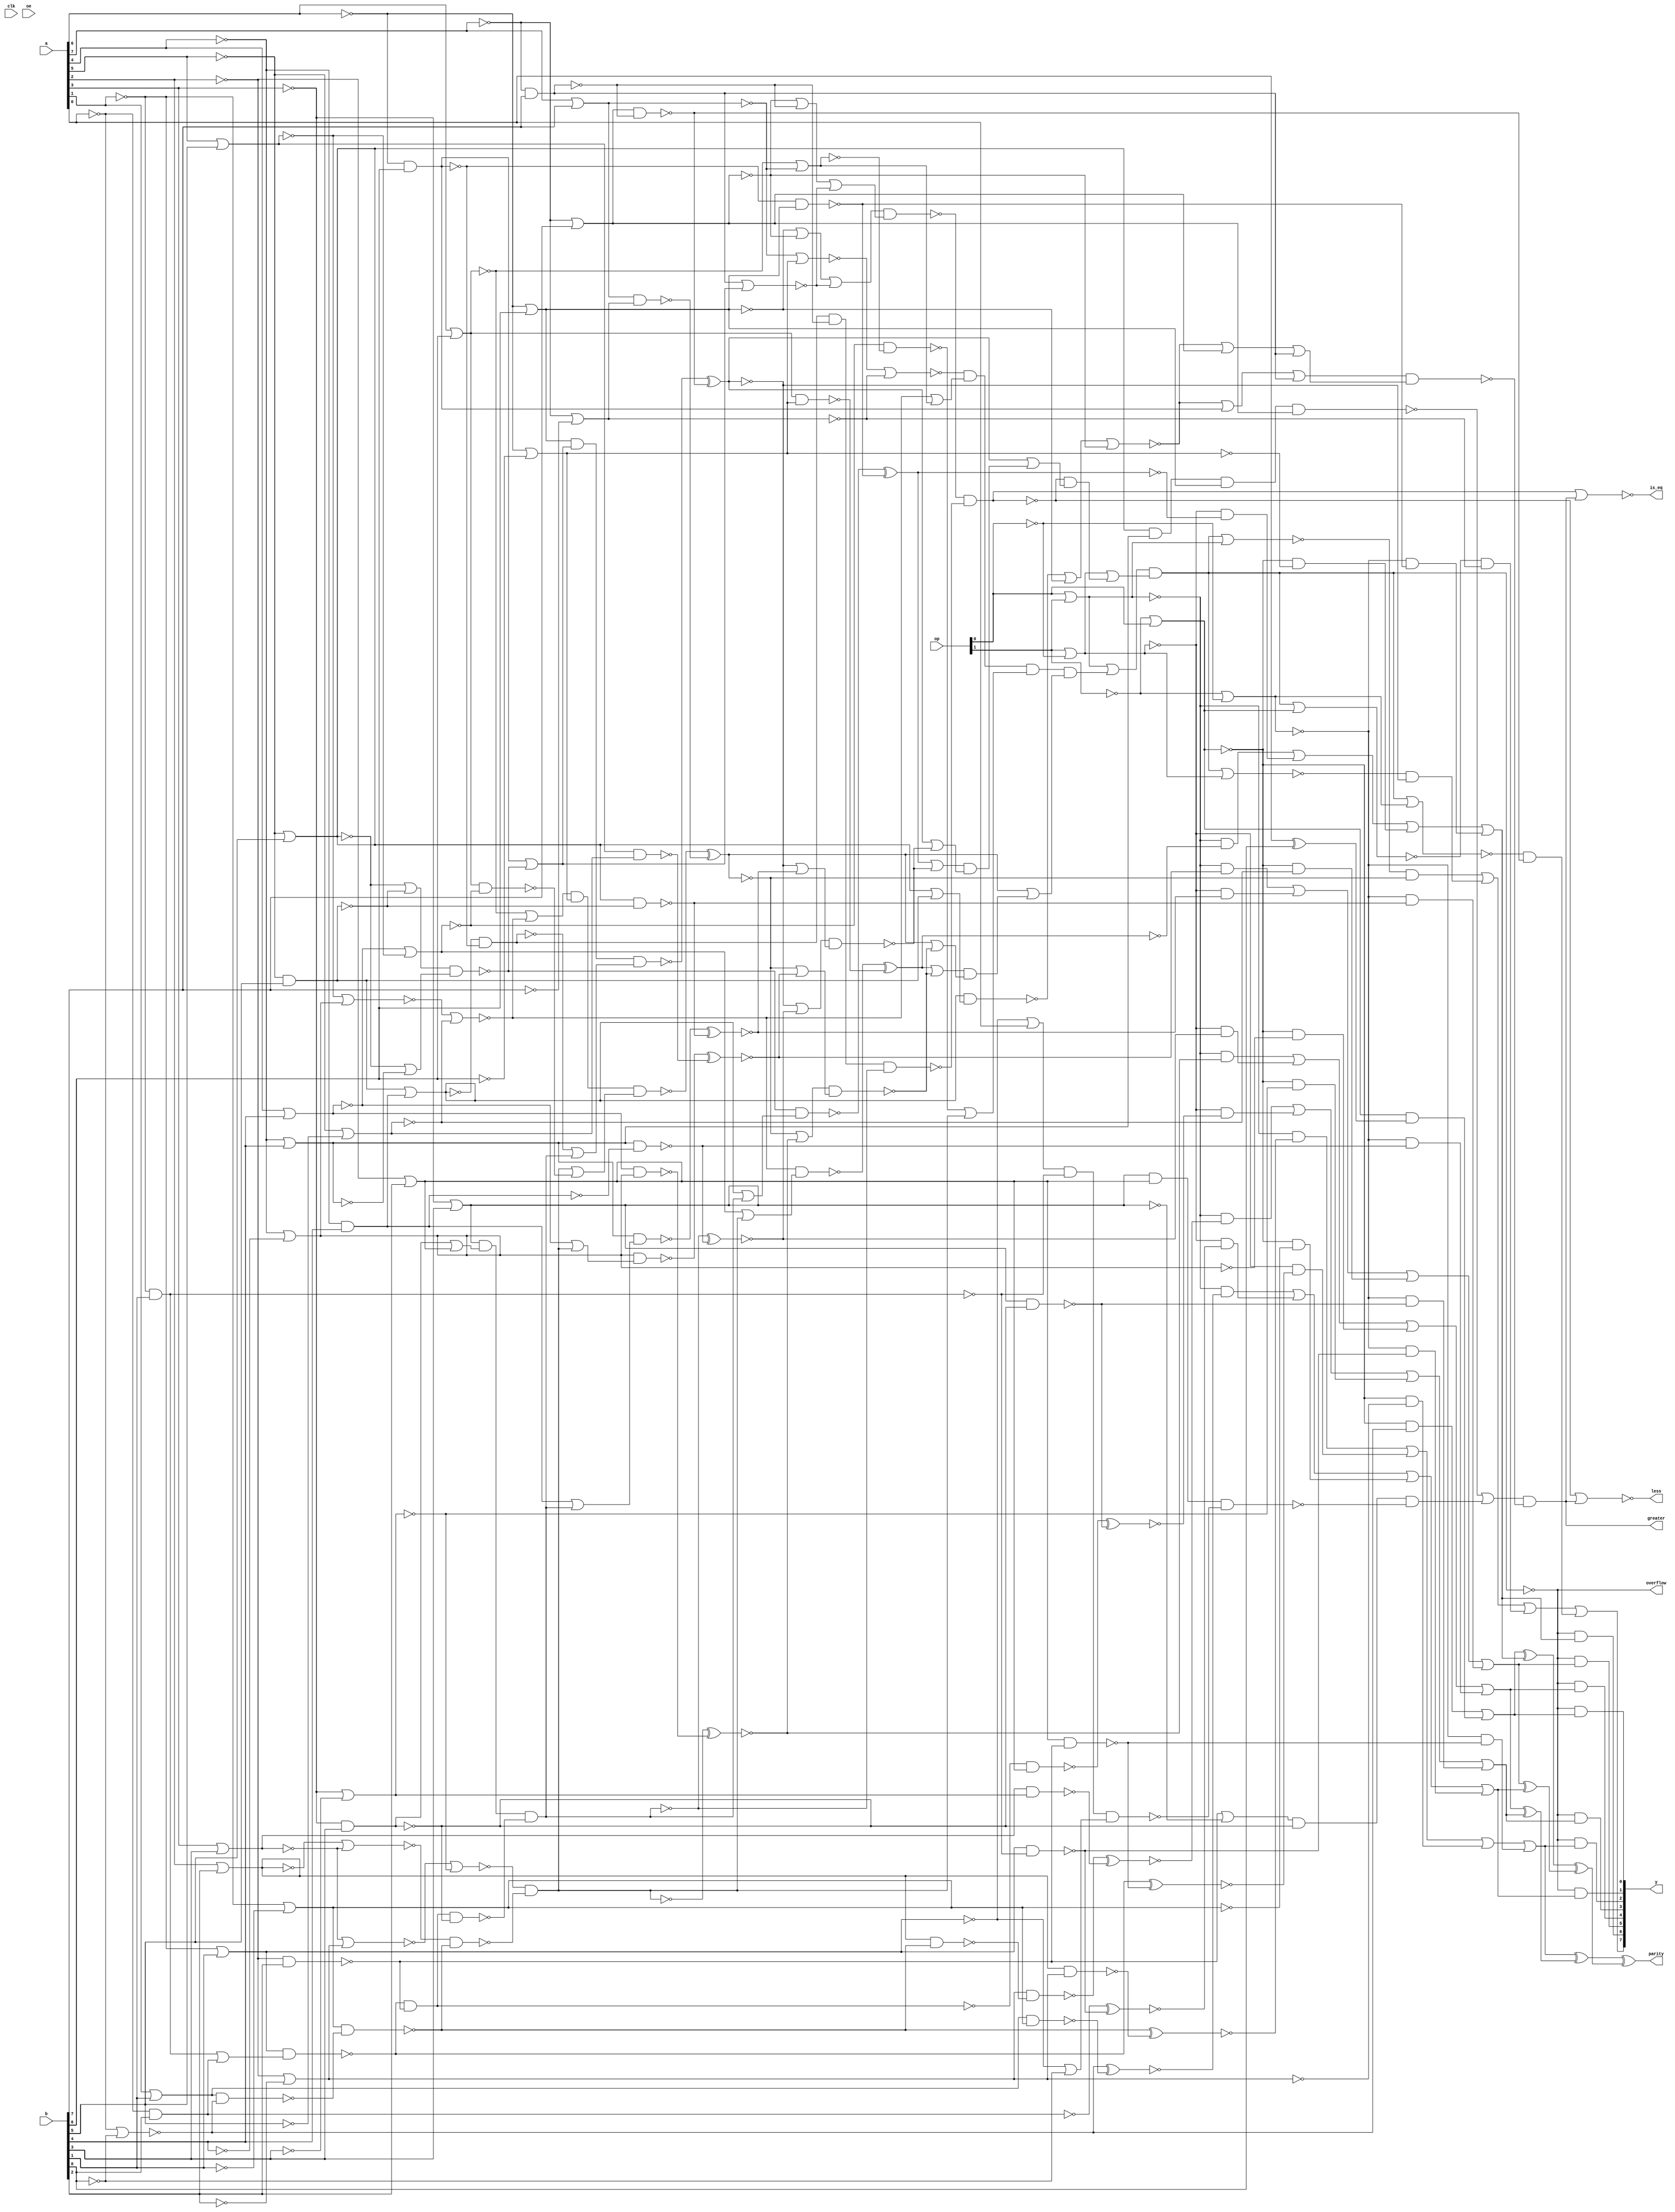
//
// Conformal-LEC: Version 11.10-d208 (10-Mar-2012) (64 bit executable)
//
module top(clk, a, b, op, oe, y, parity, overflow, greater, is_eq, less);
input  clk, oe;
output parity, overflow, greater, is_eq, less;
input   [7:0] a;
input   [7:0] b;
input   [1:0] op;
output  [7:0] y;
wire  \mux_44_12_g125/w_0 , \mux_44_12_g125/w_1 , \mux_44_12_g125/w_2 , 
    \mux_44_12_g125/w_3 , \mux_44_12_g125/w_4 , \mux_temp_y_21_12_g841/w_0 , 
    \mux_temp_y_21_12_g841/w_1 , \mux_temp_y_21_12_g14/w_0 , 
    \mux_temp_y_21_12_g14/w_1 , \mux_temp_y_21_12_g14/w_2 , 
    \mux_temp_y_21_12_g14/w_3 , \mux_temp_y_21_12_g13/w_0 , 
    \mux_temp_y_21_12_g13/w_1 , \mux_temp_y_21_12_g13/w_2 , 
    \mux_temp_y_21_12_g13/w_3 , \mux_temp_y_21_12_g11/w_0 , 
    \mux_temp_y_21_12_g11/w_1 , \mux_temp_y_21_12_g11/w_2 , 
    \mux_temp_y_21_12_g11/w_3 , \mux_temp_y_21_12_g10/w_0 , 
    \mux_temp_y_21_12_g10/w_1 , \mux_temp_y_21_12_g10/w_2 , 
    \mux_temp_y_21_12_g10/w_3 , \mux_temp_y_21_12_g111/w_0 , 
    \mux_temp_y_21_12_g111/w_1 , \mux_temp_y_21_12_g111/w_2 , 
    \mux_temp_y_21_12_g111/w_3 , \mux_temp_y_21_12_g1/w_0 , 
    \mux_temp_y_21_12_g1/w_1 , \mux_temp_y_21_12_g1/w_2 , 
    \mux_temp_y_21_12_g1/w_3 , sub_29_29_n_1246, sub_29_29_n_1244, 
    sub_29_29_n_336, sub_29_29_n_82, sub_29_29_n_79, sub_29_29_n_78, 
    sub_29_29_n_71, sub_29_29_n_68, sub_29_29_n_64, sub_29_29_n_41, n_1266, 
    n_1261, n_1248, n_1247, n_1245, n_1243, n_1242, n_1240, n_1239, n_1238, 
    n_1237, n_1231, n_1230, n_1229, n_1228, n_1109, n_1108, n_1107, n_1106, 
    n_1105, n_1104, n_1103, n_1102, n_1101, n_1100, n_1099, n_1098, n_1097, 
    n_1096, n_1095, n_1094, n_1093, n_1092, n_1091, n_1090, n_1089, n_1088, 
    n_1087, n_1086, n_1085, n_1084, n_1083, n_1082, n_1081, n_1080, n_1079, 
    n_1078, n_1077, n_1076, n_1075, n_1074, n_1073, n_1072, n_1071, n_1070, 
    n_1069, n_1068, n_1067, n_1066, n_1065, n_1064, n_1063, n_1062, n_1061, 
    n_1060, n_1059, n_1058, n_1057, n_1056, n_1055, n_1054, n_1053, n_1052, 
    n_1051, n_1050, n_1049, n_1048, n_1047, n_1046, n_1045, n_1044, n_1043, 
    n_1042, n_1041, n_1040, n_1039, n_1038, n_1037, n_1036, n_1035, n_1034, 
    n_1033, n_1032, n_1031, n_1030, n_1029, n_1028, n_1027, n_1026, n_1025, 
    n_1024, n_1023, n_1022, n_1021, n_1020, n_1019, n_1018, n_1017, n_1015, 
    n_1014, n_1013, n_1012, n_1011, n_1010, n_1009, n_1008, n_1007, n_1006, 
    n_1005, n_1004, n_1003, n_1002, n_1001, n_1000, n_999, n_998, n_996, n_995, 
    n_993, n_991, n_990, n_988, n_987, n_986, n_985, n_984, n_983, n_982, 
    n_981, n_980, n_979, n_978, n_977, n_976, n_975, n_974, n_972, n_971, 
    n_970, n_969, n_968, n_967, n_966, n_965, n_964, n_963, n_962, n_961, 
    n_960, n_959, n_958, n_957, n_956, n_955, n_954, n_953, n_952, n_951, 
    n_950, n_949, n_948, n_947, n_946, n_921, n_905, n_881, n_846, n_655, 
    n_652, n_651, n_650, n_649, n_648, n_647, n_481, n_480, n_479, n_461, 
    n_460, n_459, n_454, n_453, n_451, n_439, n_438, n_436, n_419, n_417, 
    n_322, n_315, n_314, n_313, n_312, n_149, n_136, n_135, n_133, n_132, 
    n_131, n_130, n_129, n_80, n_79, n_78, n_77, n_76, n_43, n_42, n_41, n_39, 
    n_38, n_37, n_35, n_34, n_33, n_31, n_30, n_29, n_26, n_25, n_23, n_22, 
    n_21, n_19, n_18, n_17, n_16, gt_39_12_n_57, gt_39_12_n_52, gt_39_12_n_46, 
    add_24_29_n_1232, add_24_29_n_77, add_24_29_n_69, add_24_29_n_66, 
    add_24_29_n_64, add_24_29_n_62, add_24_29_n_60, add_24_29_n_59, 
    add_24_29_n_58, add_24_29_n_57, add_24_29_n_56, add_24_29_n_52, 
    add_24_29_n_48, add_24_29_n_46, add_24_29_n_42, add_24_29_n_40, 
    add_24_29_n_36, add_24_29_n_30, less, is_eq, greater, overflow, parity, oe, 
    clk;
wire  \mux_44_12_g125/data0 ;
wire   [7:0] y;
wire   [1:0] op;
wire   [7:0] b;
wire   [7:0] a;
  assign \mux_44_12_g125/data0  = 1'b0;
  or \mux_44_12_g125/org (y[7], \mux_44_12_g125/w_0 , \mux_44_12_g125/w_1 , 
    \mux_44_12_g125/w_2 , \mux_44_12_g125/w_3 , \mux_44_12_g125/w_4 );
  and \mux_44_12_g125/a_4 (\mux_44_12_g125/w_4 , n_1109, n_655);
  and \mux_44_12_g125/a_3 (\mux_44_12_g125/w_3 , n_1108, n_43);
  and \mux_44_12_g125/a_2 (\mux_44_12_g125/w_2 , n_1107, n_42);
  and \mux_44_12_g125/a_1 (\mux_44_12_g125/w_1 , n_1106, n_41);
  and \mux_44_12_g125/a_0 (\mux_44_12_g125/w_0 , n_149, \mux_44_12_g125/data0 );
  or \mux_temp_y_21_12_g841/org (n_129, \mux_temp_y_21_12_g841/w_0 , 
    \mux_temp_y_21_12_g841/w_1 );
  and \mux_temp_y_21_12_g841/a_1 (\mux_temp_y_21_12_g841/w_1 , n_846, n_16);
  and \mux_temp_y_21_12_g841/a_0 (\mux_temp_y_21_12_g841/w_0 , n_1261, n_1231);
  or \mux_temp_y_21_12_g14/org (n_136, \mux_temp_y_21_12_g14/w_0 , 
    \mux_temp_y_21_12_g14/w_1 , \mux_temp_y_21_12_g14/w_2 , 
    \mux_temp_y_21_12_g14/w_3 );
  and \mux_temp_y_21_12_g14/a_3 (\mux_temp_y_21_12_g14/w_3 , n_1266, n_648);
  and \mux_temp_y_21_12_g14/a_2 (\mux_temp_y_21_12_g14/w_2 , n_1261, n_35);
  and \mux_temp_y_21_12_g14/a_1 (\mux_temp_y_21_12_g14/w_1 , n_1237, n_34);
  and \mux_temp_y_21_12_g14/a_0 (\mux_temp_y_21_12_g14/w_0 , n_1228, n_33);
  or \mux_temp_y_21_12_g13/org (n_135, \mux_temp_y_21_12_g13/w_0 , 
    \mux_temp_y_21_12_g13/w_1 , \mux_temp_y_21_12_g13/w_2 , 
    \mux_temp_y_21_12_g13/w_3 );
  and \mux_temp_y_21_12_g13/a_3 (\mux_temp_y_21_12_g13/w_3 , n_1266, n_647);
  and \mux_temp_y_21_12_g13/a_2 (\mux_temp_y_21_12_g13/w_2 , n_1261, n_39);
  and \mux_temp_y_21_12_g13/a_1 (\mux_temp_y_21_12_g13/w_1 , n_1237, n_38);
  and \mux_temp_y_21_12_g13/a_0 (\mux_temp_y_21_12_g13/w_0 , n_1228, n_37);
  or \mux_temp_y_21_12_g11/org (n_133, \mux_temp_y_21_12_g11/w_0 , 
    \mux_temp_y_21_12_g11/w_1 , \mux_temp_y_21_12_g11/w_2 , 
    \mux_temp_y_21_12_g11/w_3 );
  and \mux_temp_y_21_12_g11/a_3 (\mux_temp_y_21_12_g11/w_3 , n_1266, n_652);
  and \mux_temp_y_21_12_g11/a_2 (\mux_temp_y_21_12_g11/w_2 , n_1261, n_1230);
  and \mux_temp_y_21_12_g11/a_1 (\mux_temp_y_21_12_g11/w_1 , n_1237, n_26);
  and \mux_temp_y_21_12_g11/a_0 (\mux_temp_y_21_12_g11/w_0 , n_1228, n_25);
  or \mux_temp_y_21_12_g10/org (n_132, \mux_temp_y_21_12_g10/w_0 , 
    \mux_temp_y_21_12_g10/w_1 , \mux_temp_y_21_12_g10/w_2 , 
    \mux_temp_y_21_12_g10/w_3 );
  and \mux_temp_y_21_12_g10/a_3 (\mux_temp_y_21_12_g10/w_3 , n_1266, n_651);
  and \mux_temp_y_21_12_g10/a_2 (\mux_temp_y_21_12_g10/w_2 , n_1261, n_31);
  and \mux_temp_y_21_12_g10/a_1 (\mux_temp_y_21_12_g10/w_1 , n_1237, n_30);
  and \mux_temp_y_21_12_g10/a_0 (\mux_temp_y_21_12_g10/w_0 , n_1228, n_29);
  or \mux_temp_y_21_12_g111/org (n_131, \mux_temp_y_21_12_g111/w_0 , 
    \mux_temp_y_21_12_g111/w_1 , \mux_temp_y_21_12_g111/w_2 , 
    \mux_temp_y_21_12_g111/w_3 );
  and \mux_temp_y_21_12_g111/a_3 (\mux_temp_y_21_12_g111/w_3 , n_1266, n_650);
  and \mux_temp_y_21_12_g111/a_2 (\mux_temp_y_21_12_g111/w_2 , n_1261, n_23);
  and \mux_temp_y_21_12_g111/a_1 (\mux_temp_y_21_12_g111/w_1 , n_1237, n_22);
  and \mux_temp_y_21_12_g111/a_0 (\mux_temp_y_21_12_g111/w_0 , n_1228, n_21);
  or \mux_temp_y_21_12_g1/org (n_130, \mux_temp_y_21_12_g1/w_0 , 
    \mux_temp_y_21_12_g1/w_1 , \mux_temp_y_21_12_g1/w_2 , 
    \mux_temp_y_21_12_g1/w_3 );
  and \mux_temp_y_21_12_g1/a_3 (\mux_temp_y_21_12_g1/w_3 , n_1266, n_649);
  and \mux_temp_y_21_12_g1/a_2 (\mux_temp_y_21_12_g1/w_2 , n_1261, n_19);
  and \mux_temp_y_21_12_g1/a_1 (\mux_temp_y_21_12_g1/w_1 , n_1237, n_18);
  and \mux_temp_y_21_12_g1/a_0 (\mux_temp_y_21_12_g1/w_0 , n_1228, n_17);
  nor add_24_29_g10(add_24_29_n_36, a[3], b[3]);
  nor add_24_29_g12(add_24_29_n_46, a[4], b[4]);
  nor add_24_29_g14(add_24_29_n_42, a[5], b[5]);
  nor add_24_29_g16(add_24_29_n_52, a[6], b[6]);
  nor add_24_29_g18(add_24_29_n_48, a[7], b[7]);
  nor add_24_29_g25(add_24_29_n_57, n_974, n_1230);
  nor add_24_29_g26(add_24_29_n_56, add_24_29_n_40, add_24_29_n_36);
  nor add_24_29_g29(add_24_29_n_59, n_978, n_35);
  nor add_24_29_g30(add_24_29_n_62, add_24_29_n_46, add_24_29_n_42);
  nor add_24_29_g33(add_24_29_n_66, n_982, n_43);
  nor add_24_29_g34(add_24_29_n_64, add_24_29_n_52, add_24_29_n_48);
  nand add_24_29_g38(add_24_29_n_58, add_24_29_n_56, add_24_29_n_1232);
  nand add_24_29_g39(add_24_29_n_69, add_24_29_n_57, add_24_29_n_58);
  nor add_24_29_g40(add_24_29_n_60, add_24_29_n_52, add_24_29_n_59);
  nand add_24_29_g49(add_24_29_n_77, add_24_29_n_62, add_24_29_n_64);
  nor add_24_29_g6(add_24_29_n_30, a[1], b[1]);
  xnor add_24_29_g62(n_17, n_1231, n_1078);
  xnor add_24_29_g64(n_21, add_24_29_n_1232, n_1079);
  xnor add_24_29_g67(n_25, n_1086, n_1083);
  xnor add_24_29_g69(n_29, add_24_29_n_69, n_1082);
  xnor add_24_29_g72(n_33, n_1095, n_1081);
  xnor add_24_29_g74(n_37, n_1094, n_1080);
  xnor add_24_29_g77(n_41, n_1096, n_1084);
  nor add_24_29_g8(add_24_29_n_40, a[2], b[2]);
  xor g16(n_16, a[0], b[0]);
  xor g23(n_77, n_129, n_135);
  xor g24(n_78, n_136, n_130);
  xor g25(n_79, n_131, n_76);
  xor g26(n_80, n_77, n_78);
  xor g27(parity, n_79, n_80);
  xor g3(n_76, n_132, n_133);
  not gt_39_12_g10(greater, n_921);
  nand sub_29_29_g45(sub_29_29_n_64, sub_29_29_n_336, n_1245);
  nand sub_29_29_g53(sub_29_29_n_82, sub_29_29_n_71, n_314);
  nand sub_29_29_g69(sub_29_29_n_1246, n_1033, n_1038);
  xnor sub_29_29_g71(n_18, sub_29_29_n_41, n_649);
  xnor sub_29_29_g73(n_22, sub_29_29_n_336, n_650);
  xnor sub_29_29_g76(n_26, n_1091, n_652);
  xnor sub_29_29_g78(n_30, sub_29_29_n_78, n_651);
  xnor sub_29_29_g81(n_34, n_1104, n_648);
  xnor sub_29_29_g83(n_38, n_1103, n_647);
  xnor sub_29_29_g86(n_42, n_1105, n_655);
  nor g256(n_417, n_1014, n_313, gt_39_12_n_57);
  nor g285(n_436, n_1243, a[0]);
  nor g303(n_451, n_1245, gt_39_12_n_46);
  not g972(n_968, add_24_29_n_36);
  not g981(n_975, n_1230);
  not g982(n_976, add_24_29_n_40);
  nand g1010(n_993, n_1248, n_990, n_991, n_1247);
  not g1014(n_995, n_451);
  not g1021(n_999, n_436);
  nor g1024(n_1001, n_1243, n_965);
  not g1025(n_1002, n_1001);
  nand g1026(n_1003, n_999, sub_29_29_n_1244, n_1002);
  nand g1027(n_1004, n_1239, n_1242, n_1003);
  nand g1028(n_1005, n_995, n_1240, n_1004);
  not g1029(n_1006, n_1005);
  nor g1030(n_1007, n_993, n_1006);
  not g1031(n_1008, n_1007);
  nor g1038(n_1012, n_1248, n_1009);
  not g1039(n_1013, n_1012);
  nand g1040(n_1014, n_1011, n_1013);
  nor g1045(n_1017, n_417, n_1015, n_1238);
  not g1046(n_1018, n_1017);
  nor g1047(n_1019, n_417, n_1247, n_1238);
  not g1048(n_1020, n_1019);
  nand g1049(n_1021, n_1018, n_1020);
  nand g1050(n_921, n_1008, n_1021);
  not g1074(n_1039, sub_29_29_n_1246);
  nor g1075(is_eq, n_1039, greater);
  nor g1076(less, sub_29_29_n_1246, greater);
  nand g1121(n_1078, n_986, n_985);
  nand g1122(n_1079, n_976, n_1229);
  nand g1127(n_649, n_998, sub_29_29_n_1244);
  nand g1128(n_650, n_1242, n_1245);
  nand g1131(n_1083, n_968, n_975);
  nand g1132(n_652, n_1239, n_1240);
  nand g1135(n_1085, n_976, add_24_29_n_1232);
  nand g1136(n_1086, n_1229, n_1085);
  nand g1141(n_1091, sub_29_29_n_64, n_1242);
  nor g109(n_1228, op[0], op[1]);
  not g1058(n_1027, n_1228);
  not g957(n_953, a[6]);
  not g956(n_952, b[6]);
  nor g989(n_39, n_953, n_952);
  not g990(n_981, n_39);
  nor g991(n_982, add_24_29_n_48, n_981);
  not g959(n_955, a[7]);
  not g958(n_954, b[7]);
  nor g992(n_43, n_955, n_954);
  not g953(n_949, a[4]);
  not g952(n_948, b[4]);
  nor g983(n_31, n_949, n_948);
  not g984(n_977, n_31);
  nor g985(n_978, add_24_29_n_42, n_977);
  not g955(n_951, a[5]);
  not g954(n_950, b[5]);
  nor g986(n_35, n_951, n_950);
  not g994(n_984, add_24_29_n_64);
  nor g1082(n_1045, add_24_29_n_59, n_984);
  not g1083(n_1046, n_1045);
  not g963(n_959, a[2]);
  not g962(n_958, b[2]);
  nor g977(n_23, n_959, n_958);
  not g978(n_1229, n_23);
  nor g979(n_974, add_24_29_n_36, n_1229);
  not g951(n_947, a[3]);
  not g950(n_946, b[3]);
  nor g980(n_1230, n_947, n_946);
  not g961(n_957, a[1]);
  not g960(n_956, b[1]);
  nor g995(n_19, n_957, n_956);
  not g996(n_985, n_19);
  not g997(n_986, add_24_29_n_30);
  not g966(n_962, a[0]);
  not g969(n_965, b[0]);
  nor g998(n_1231, n_962, n_965);
  nand g999(n_987, n_986, n_1231);
  nand g1000(add_24_29_n_1232, n_985, n_987);
  not g1077(n_1040, add_24_29_n_69);
  nor g1084(n_1047, add_24_29_n_77, n_1040);
  not g1085(n_1048, n_1047);
  nand g1086(n_1049, add_24_29_n_66, n_1046, n_1048);
  not g1087(n_1050, n_1049);
  not g1001(n_988, add_24_29_n_60);
  not g975(n_971, add_24_29_n_52);
  nand g1120(n_1077, n_971, add_24_29_n_62);
  nor g1142(n_1092, n_1040, n_1077);
  not g1143(n_1093, n_1092);
  nand g1146(n_1096, n_988, n_981, n_1093);
  not g976(n_972, add_24_29_n_48);
  not g993(n_983, n_43);
  nand g1133(n_1084, n_972, n_983);
  not g967(n_963, n_41);
  not g988(n_980, add_24_29_n_62);
  nor g1137(n_1087, n_980, n_1040);
  not g1138(n_1088, n_1087);
  nand g1144(n_1094, add_24_29_n_59, n_1088);
  nand g1123(n_1080, n_971, n_981);
  not g970(n_966, n_37);
  not g973(n_969, add_24_29_n_46);
  nand g1129(n_1082, n_969, n_977);
  nor g312(n_460, n_41, n_29);
  not g1078(n_1041, n_460);
  nor g1139(n_1089, add_24_29_n_46, n_1040);
  not g1140(n_1090, n_1089);
  nand g1145(n_1095, n_977, n_1090);
  not g974(n_970, add_24_29_n_42);
  not g987(n_979, n_35);
  nand g1125(n_1081, n_970, n_979);
  nor g313(n_459, n_41, n_33);
  not g1079(n_1042, n_459);
  nand g1088(n_461, n_1041, n_1042);
  nor g1089(n_1051, n_966, n_461);
  not g1090(n_1052, n_1051);
  nor g1091(n_1053, n_963, n_461);
  not g1092(n_1054, n_1053);
  nand g1093(n_1055, n_1052, n_1054);
  not g1094(n_1056, n_1055);
  nor g1095(n_1057, n_963, n_1056);
  not g1096(n_1058, n_1057);
  nand g1097(n_1059, n_1050, n_1058);
  not g1098(n_1060, n_1059);
  nor g1099(n_1061, n_1027, n_1060);
  not g1100(n_1062, n_1061);
  not g965(n_961, op[0]);
  nor g1101(n_1237, op[1], n_961);
  not g1102(n_1063, n_1237);
  nor g1006(n_313, n_953, b[6]);
  nor g1008(gt_39_12_n_57, n_955, b[7]);
  nand g1043(n_315, n_955, b[7]);
  not g1044(n_1238, n_315);
  nand g1041(n_314, n_953, b[6]);
  not g1042(n_1015, n_314);
  nor g1002(gt_39_12_n_52, n_951, b[5]);
  nand g1032(n_312, n_951, b[5]);
  nor g288(n_439, gt_39_12_n_52, n_312);
  not g1059(n_1028, n_439);
  nor g1004(n_322, n_949, b[4]);
  nor g289(n_438, gt_39_12_n_52, n_322);
  not g1060(n_1029, n_438);
  nand g1061(sub_29_29_n_68, n_1028, n_1029);
  nor g1062(n_905, n_1015, sub_29_29_n_68);
  not g1063(n_1030, n_905);
  nor g1064(n_419, n_1238, n_1030);
  nor g305(n_454, n_313, gt_39_12_n_57, n_419);
  not g1065(n_1031, n_454);
  nor g306(n_453, gt_39_12_n_57, n_315, n_419);
  not g1066(n_1032, n_453);
  nand g1067(n_1033, n_1031, n_1032);
  not g1033(n_1009, n_312);
  nand g1034(sub_29_29_n_79, n_949, b[4]);
  not g1035(n_1010, sub_29_29_n_79);
  nor g1036(sub_29_29_n_71, n_1009, n_1010);
  not g1057(n_1026, sub_29_29_n_82);
  nor g1012(gt_39_12_n_46, n_947, b[3]);
  not g1013(n_1239, gt_39_12_n_46);
  nand g1015(n_1240, n_947, b[3]);
  not g1016(n_996, n_1240);
  nor g1017(n_881, n_959, b[2]);
  not g1018(n_1242, n_881);
  nor g1068(n_1034, n_996, n_1242);
  not g1069(n_1035, n_1034);
  nor g1019(n_1243, n_957, b[1]);
  not g1020(n_998, n_1243);
  nand g1022(sub_29_29_n_1244, n_957, b[1]);
  not g1023(n_1000, sub_29_29_n_1244);
  nand g1051(sub_29_29_n_41, n_962, b[0]);
  not g1052(n_1022, sub_29_29_n_41);
  nor g1053(n_1023, n_1000, n_1022);
  not g1054(n_1024, n_1023);
  nand g1055(sub_29_29_n_336, n_998, n_1024);
  nand g1011(n_1245, n_959, b[2]);
  not g1056(n_1025, sub_29_29_n_64);
  nand g1070(n_1036, n_1025, n_1240);
  nand g1071(sub_29_29_n_78, n_1239, n_1035, n_1036);
  nand g1073(n_1038, n_1026, n_315, sub_29_29_n_78);
  not g1007(n_991, n_313);
  not g1072(n_1037, sub_29_29_n_78);
  nor g1151(n_1101, sub_29_29_n_82, n_1037);
  not g1152(n_1102, n_1101);
  nand g1155(n_1105, n_991, n_1030, n_1102);
  not g1009(n_1247, gt_39_12_n_57);
  nand g1134(n_655, n_1247, n_315);
  not g968(n_964, n_42);
  not g1037(n_1011, sub_29_29_n_71);
  nor g1147(n_1097, n_1011, n_1037);
  not g1148(n_1098, n_1097);
  nand g1153(n_1103, sub_29_29_n_68, n_1098);
  nand g1124(n_647, n_314, n_991);
  not g971(n_967, n_38);
  not g1005(n_990, n_322);
  nand g1130(n_651, n_990, sub_29_29_n_79);
  nor g334(n_480, n_42, n_30);
  not g1080(n_1043, n_480);
  nor g1149(n_1099, n_1010, n_1037);
  not g1150(n_1100, n_1099);
  nand g1154(n_1104, n_990, n_1100);
  not g1003(n_1248, gt_39_12_n_52);
  nand g1126(n_648, n_1248, n_312);
  nor g335(n_479, n_42, n_34);
  not g1081(n_1044, n_479);
  nand g1103(n_481, n_1043, n_1044);
  nor g1104(n_1064, n_967, n_481);
  not g1105(n_1065, n_1064);
  nor g1106(n_1066, n_964, n_481);
  not g1107(n_1067, n_1066);
  nand g1108(n_1068, n_1065, n_1067);
  not g1109(n_1069, n_1068);
  nor g1110(n_1070, n_964, n_1069);
  not g1111(n_1071, n_1070);
  nand g1112(n_1072, sub_29_29_n_1246, n_1071);
  not g1113(n_1073, n_1072);
  nor g1114(n_1074, n_1063, n_1073);
  not g1115(n_1075, n_1074);
  nand g1116(overflow, n_1062, n_1075);
  not g124(n_149, overflow);
  nor g1156(n_1106, n_149, n_1027);
  nor g1157(n_1107, n_149, n_1063);
  not g964(n_960, op[1]);
  nor g1117(n_1261, n_960, op[0]);
  not g799(n_846, n_1261);
  nor g1158(n_1108, n_149, n_846);
  nor g1118(n_1266, n_960, n_961);
  not g1119(n_1076, n_1266);
  nor g1159(n_1109, n_149, n_1076);
  and g1160(y[6], overflow, n_135);
  and g1161(y[5], overflow, n_136);
  and g1162(y[4], overflow, n_132);
  and g1163(y[3], overflow, n_133);
  and g1164(y[2], overflow, n_131);
  and g1165(y[1], overflow, n_130);
  and g1166(y[0], overflow, n_129);
endmodule